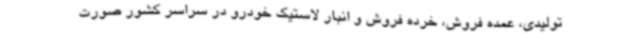
تولیدی، عمده فروش، خرده فروش و انبار لاستیک خودرو در سراسر کشور صورت